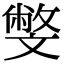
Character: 𣁢